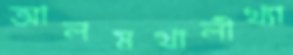
আলমখালীখ্যা